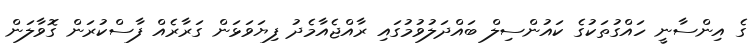
ގެ އިންސާނީ ހައްގުތަކުގެ ކައުންސިލް ބައްދަލުވުމުގައި ރާއްޖެއާމެދު ފިޔަވަޅަން ގަރާރެއް ފާސްކުރަން ގޮވާލަން